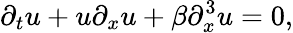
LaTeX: \partial_{t}u+u\partial_{x}u+\beta\partial_{x}^{3}u=0,